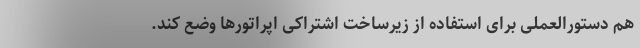
هم دستورالعملی برای استفاده از زیرساخت اشتراکی اپراتورها وضع کند.